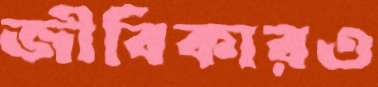
জীবিকারও